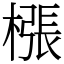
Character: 㯑